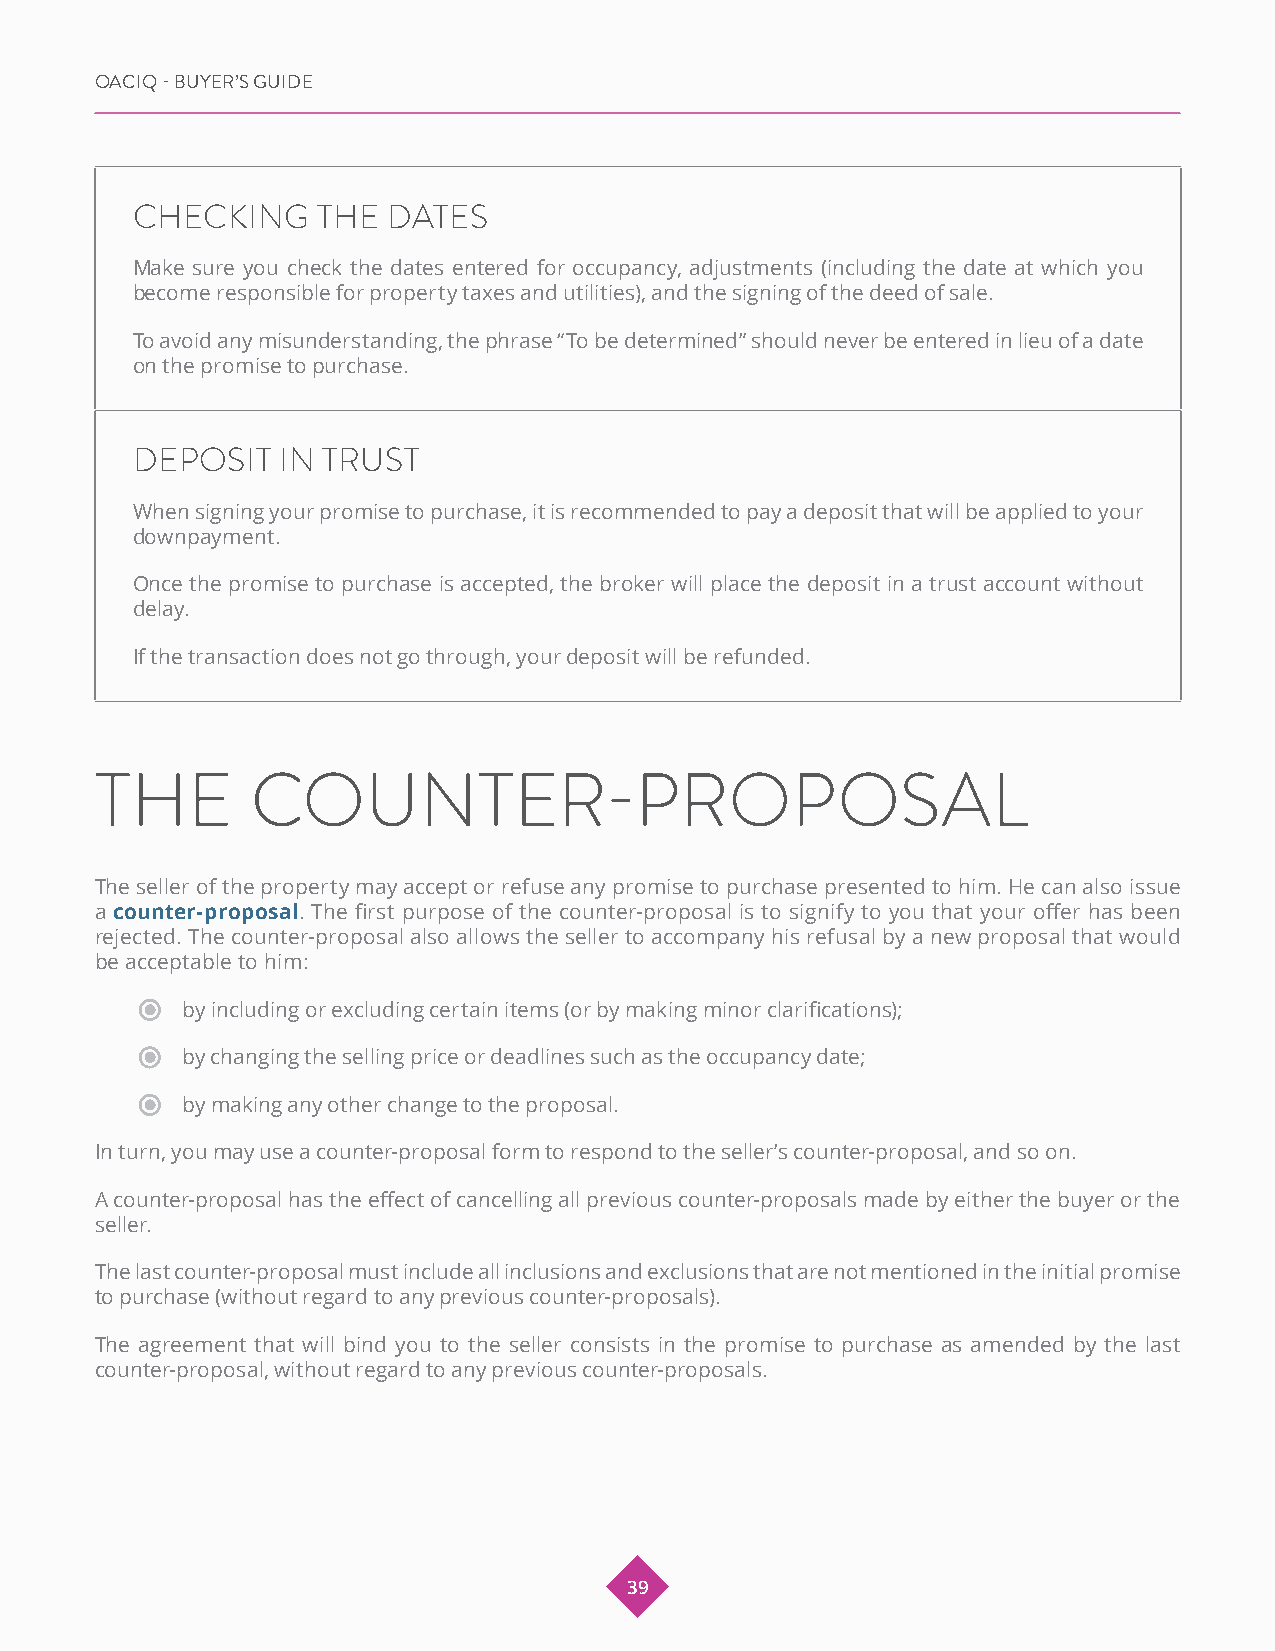
OACIQ - BUYER’S GUIDE
 CHECKING    THE  DATES
 Make sure you check the dates entered for occupancy, adjustments (including the date at which you
 become responsible for property taxes and utilities), and the signing of the deed of sale.
 To avoid any misunderstanding, the phrase “To be determined” should never be entered in lieu of a date
 on the promise to purchase.
 DEPOSIT  IN TRUST
 When signing your promise to purchase, it is recommended to pay a deposit that will be applied to your
 downpayment.
 Once the promise to purchase is accepted, the broker will place the deposit in a trust account without
 delay.
 If the transaction does not go through, your deposit will be refunded.
 THE        COUNTER-PROPOSAL
 The seller of the property may accept or refuse any promise to purchase presented to him. He can also issue
 a counter-proposal. The first purpose of the counter-proposal is to signify to you that your offer has been
 rejected. The counter-proposal also allows the seller to accompany his refusal by a new proposal that would
 be acceptable to him:
 by including or excluding certain items (or by making minor clarifications);
 by changing the selling price or deadlines such as the occupancy date;
 by making any other change to the proposal.
 In turn, you may use a counter-proposal form to respond to the seller’s counter-proposal, and so on.
 A counter-proposal has the effect of cancelling all previous counter-proposals made by either the buyer or the
 seller.
 The last counter-proposal must include all inclusions and exclusions that are not mentioned in the initial promise
 to purchase (without regard to any previous counter-proposals).
 The agreement that will bind you to the seller consists in the promise to purchase as amended by the last
 counter-proposal, without regard to any previous counter-proposals.
 39